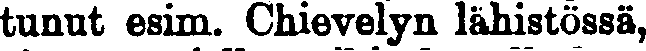
tunut esim. Chievelyn lähistössä,